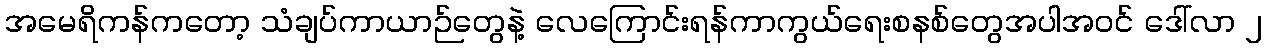
အမေရိကန်ကတော့ သံချပ်ကာယာဉ်တွေနဲ့ လေကြောင်းရန်ကာကွယ်ရေးစနစ်တွေအပါအ၀င် ဒေါ်လာ ၂